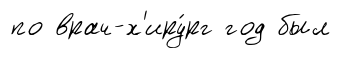
по врач-х'иру́рг год был